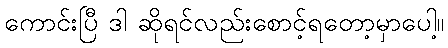
ကောင်းပြီ ဒါ ဆိုရင်လည်းစောင့်ရတော့မှာပေါ့။